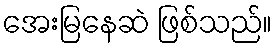
အေးမြနေဆဲ ဖြစ်သည်။